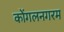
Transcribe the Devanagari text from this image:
कोंगलनगरम